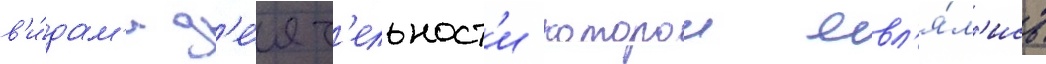
в'и́дам'и д'е́ят'ельност'и которои явл'я́л'ись